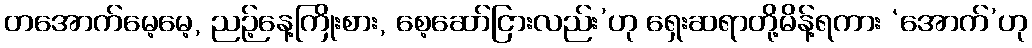
တအောက်မေ့မေ့, ညဉ့်နေ့ကြိုးစား, စေ့ဆော်ငြားလည်း’ဟု ရှေးဆရာတို့မိန့်ရကား ‘အောက်’ဟု